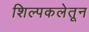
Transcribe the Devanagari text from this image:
शिल्पकलेतून